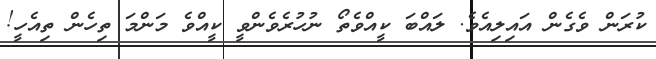
ކުރަން ވެގެން އަައިލިއެވެ. ލައްބަ ކީއްވެތޯ ނުހުރެވެންވީ ކީއްވެ މަންމަ ތިހެން ތިއެހީ!